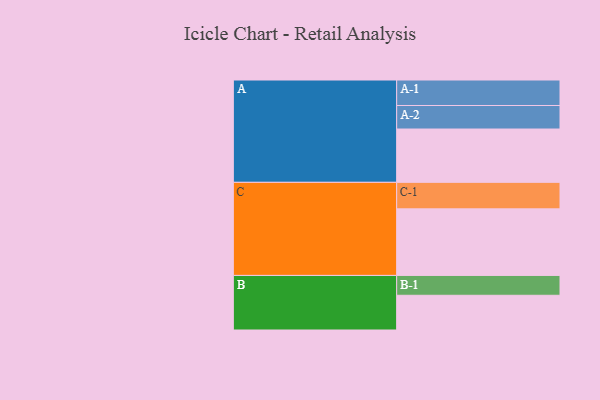
{"axis": {"x": "Segment", "y": "Value"}, "legend": ["", "A", "B", "C"], "data": [{"x": "A", "y": 462, "type": ""}, {"x": "B", "y": 301, "type": ""}, {"x": "C", "y": 577, "type": ""}, {"x": "A-1", "y": 221, "type": "A"}, {"x": "A-2", "y": 204, "type": "A"}, {"x": "B-1", "y": 172, "type": "B"}, {"x": "C-1", "y": 230, "type": "C"}]}